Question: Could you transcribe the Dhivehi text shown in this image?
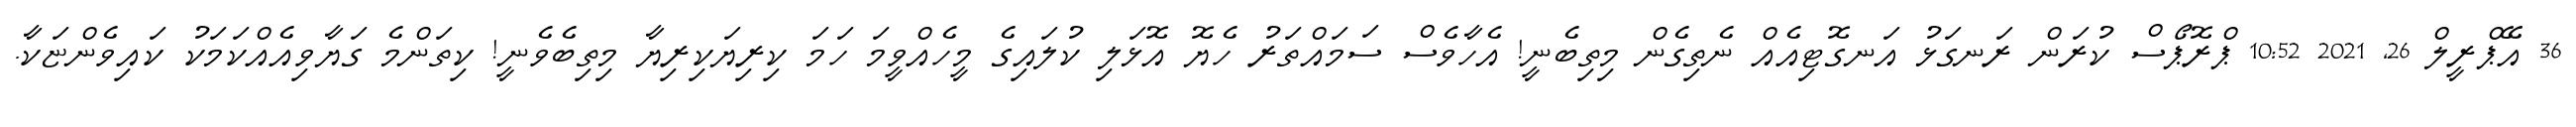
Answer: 36 އޭޕްރީލް 26, 2021 10:52 ޕްރޮޕޯސް ކުރަން ރަނގަޅު އަނގޮޓިއެއް ނެތިގެން މިތިބެނީ! އެހާވެސް ސަމައްތަރު ހެޔޮ އޮޅަލި ކުލައިގެ މީހެއްވީމަ ހަމަ ކިރިޔަކިރިޔާ މިތިބެވެނީ! ކިތަންމެ ގަޔާވިއެއްކަމަކު ކައިވެންޏަކާ.